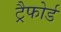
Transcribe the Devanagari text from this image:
ट्रैफोर्ड